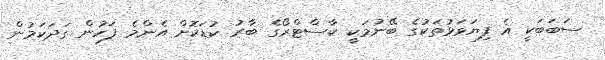
ސަބަބަކީ އެ ފިޔަވަޅުތަކުގެ ބޭނުމަކީ ކާސްޓްރޯގެ ބާރު ކުޑަކޮށް އެންމެ ފަހުން ގަދަކަމުން